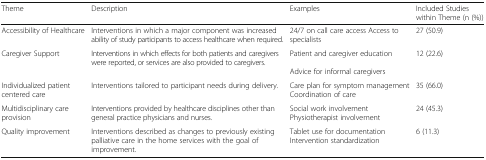
<table><thead><tr><td><b>Theme</b></td><td><b>Description</b></td><td><b>Examples</b></td><td><b>Included Studies within Theme (n (%))</b></td></tr></thead><tbody><tr><td>Accessibility of Healthcare</td><td>Interventions in which a major component was increased ability of study participants to access healthcare when required.</td><td>24/7 on call care access Access to specialists</td><td>27 (50.9)</td></tr><tr><td>Caregiver Support</td><td>Interventions in which effects for both patients and caregivers were reported, or services are also provided to caregivers.</td><td>Patient and caregiver educationAdvice for informal caregivers</td><td>12 (22.6)</td></tr><tr><td>Individualized patient centered care</td><td>Interventions tailored to participant needs during delivery.</td><td>Care plan for symptom managementCoordination of care</td><td>35 (66.0)</td></tr><tr><td>Multidisciplinary care provision</td><td>Interventions provided by healthcare disciplines other than general practice physicians and nurses.</td><td>Social work involvementPhysiotherapist involvement</td><td>24 (45.3)</td></tr><tr><td>Quality improvement</td><td>Interventions described as changes to previously existing palliative care in the home services with the goal of improvement.</td><td>Tablet use for documentationIntervention standardization</td><td>6 (11.3)</td></tr></tbody></table>